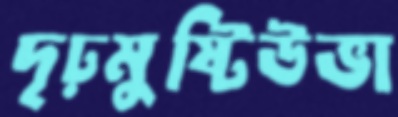
দৃঢ়মুষ্টিউভা